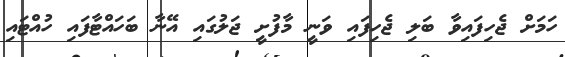
ހަމަށް ޖެހިފައިވާ ބަލި ޖެހިފައި ވަނީ މާފުށީ ޖަލުގައި އޭނާ ބަހައްޓާފައި ހުއްޓައި